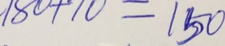
1 8 0 + 1 0 = 1 5 0